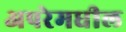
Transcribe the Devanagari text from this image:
अपरेमधील